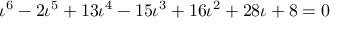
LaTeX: \iota ^ { 6 } - 2 \iota ^ { 5 } + 1 3 \iota ^ { 4 } - 1 5 \iota ^ { 3 } + 1 6 \iota ^ { 2 } + 2 8 \iota + 8 = 0